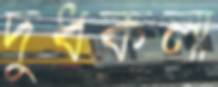
দুধকলা